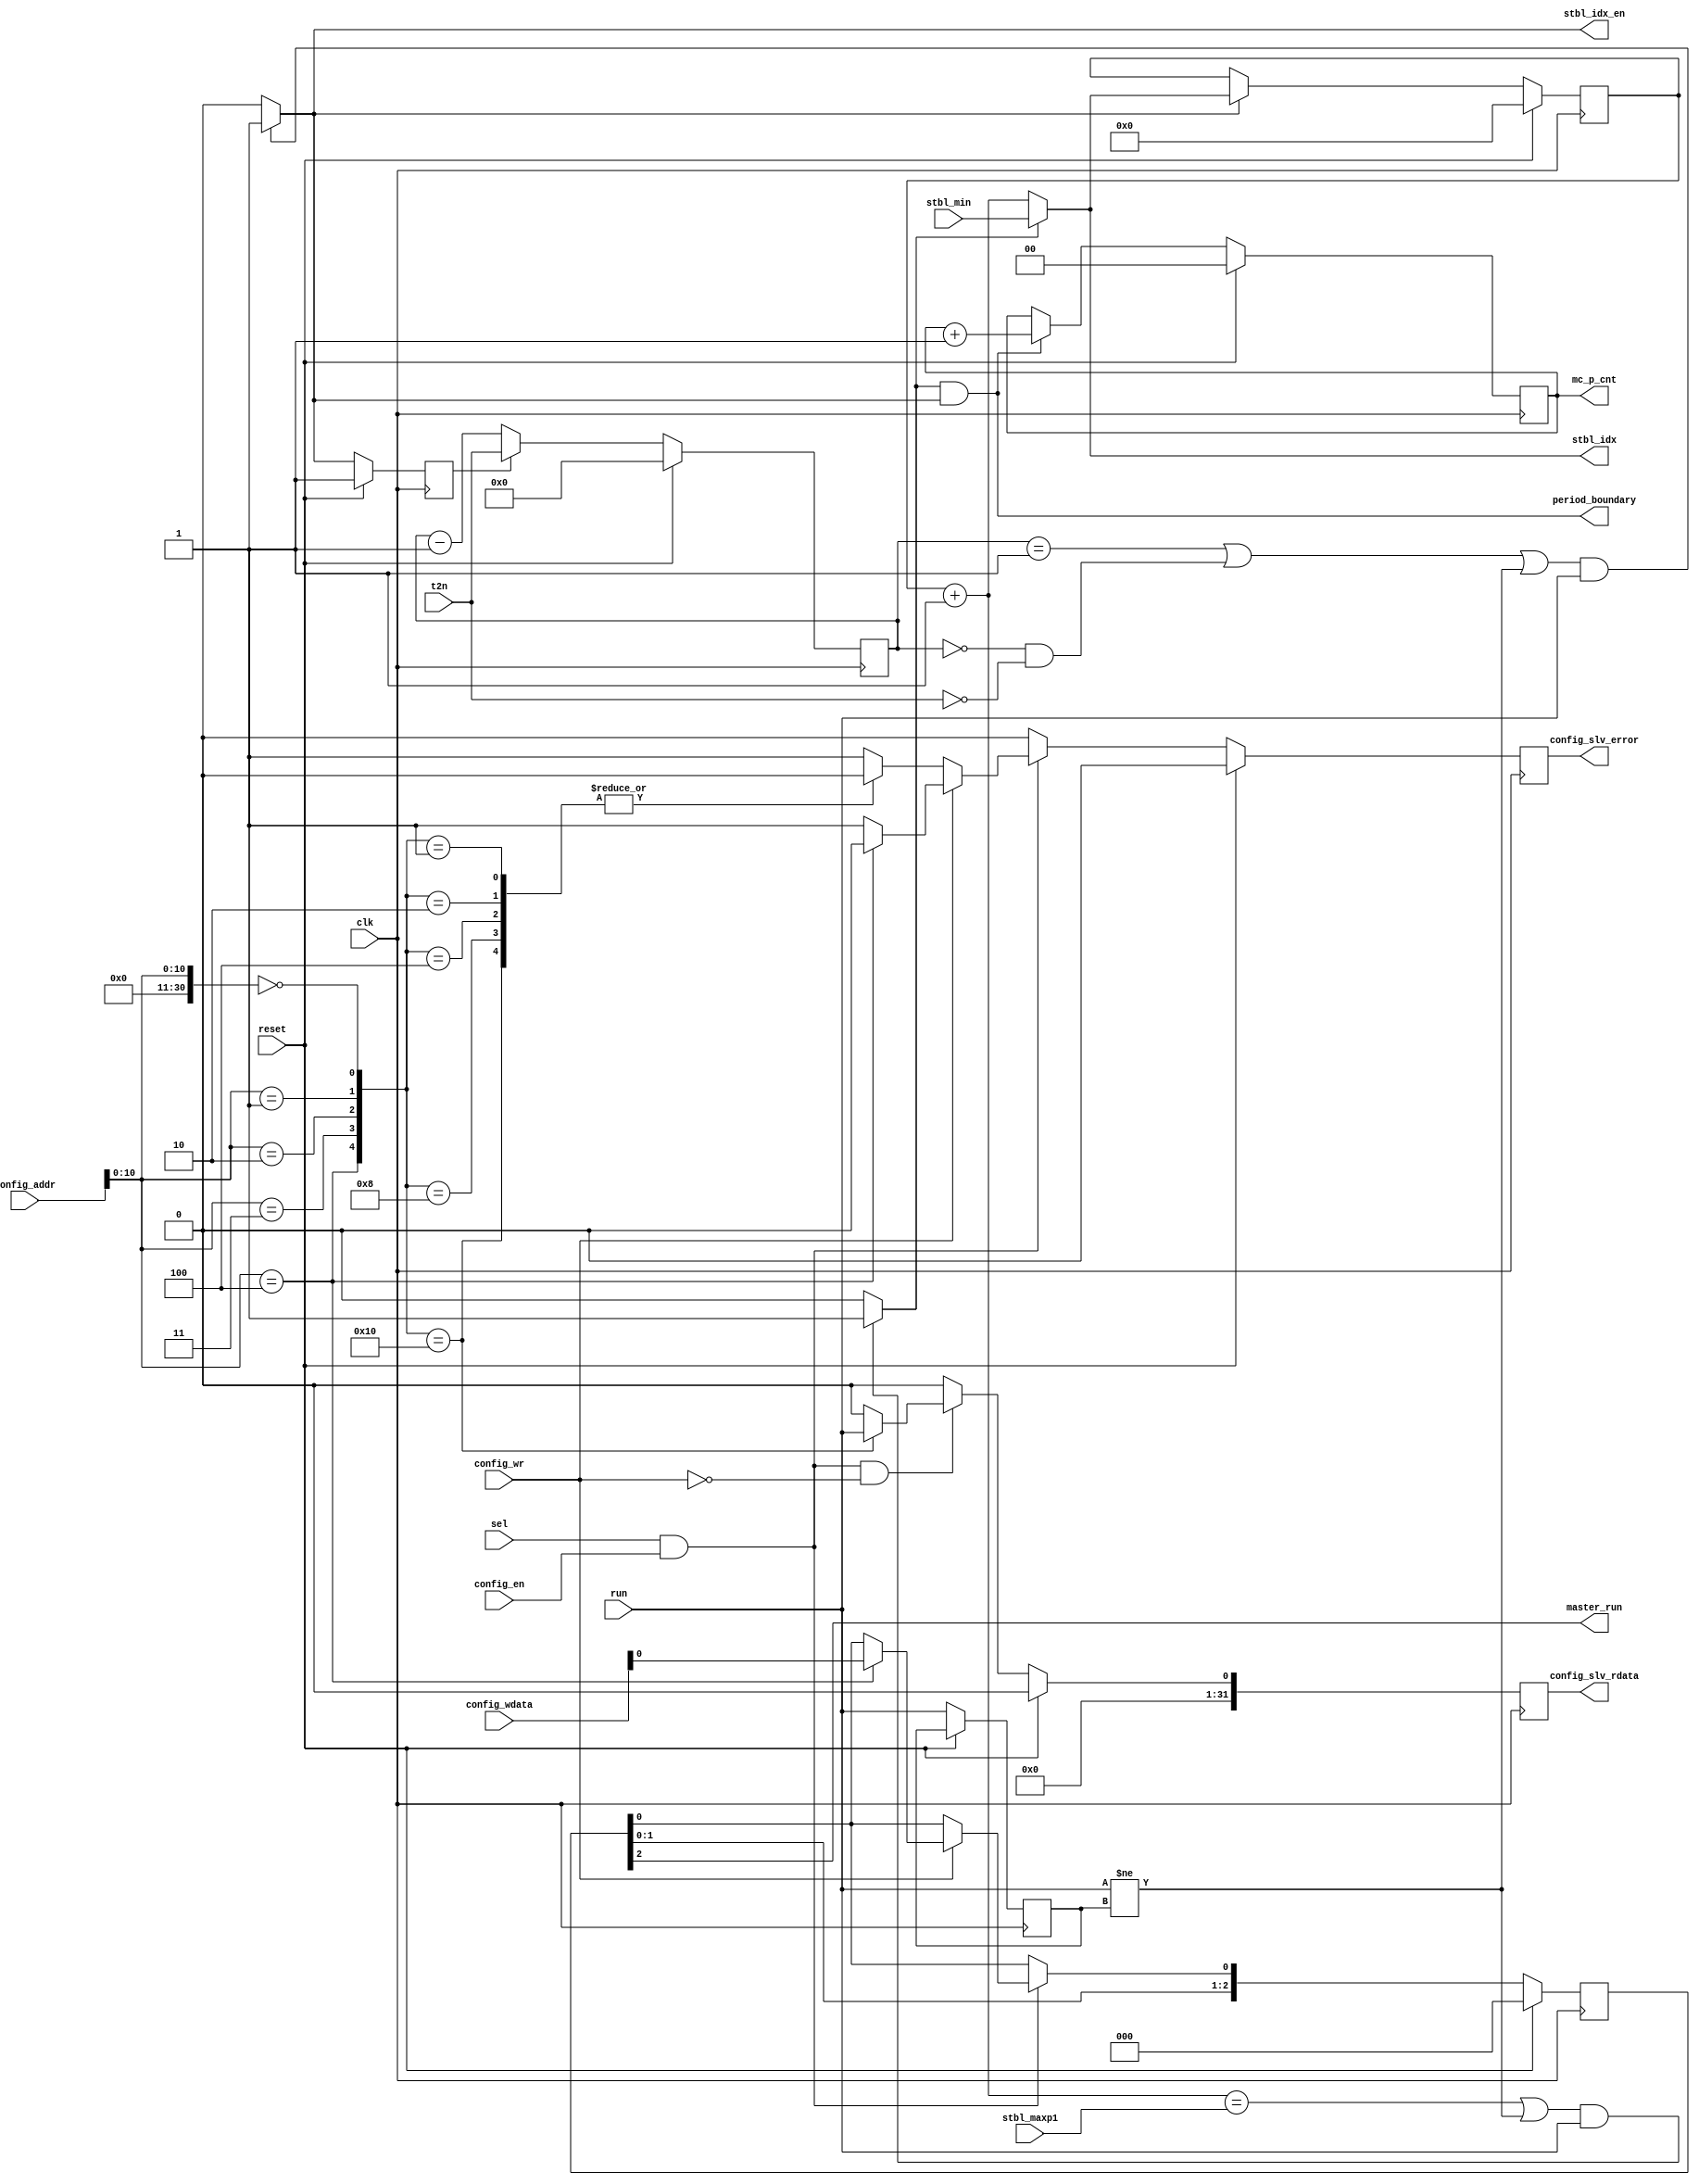
module TDM_controller
  (input  clk,
   input  reset,
   input  run,
   input  [13:0] config_addr,
   input  config_en,
   input  config_wr,
   input  [31:0] config_wdata,
   input  sel,
   input  [3:0] t2n,
   input  [7:0] stbl_min,
   input  [7:0] stbl_maxp1,
   output master_run,
   output [31:0] config_slv_rdata,
   output config_slv_error,
   output [7:0] stbl_idx,
   output stbl_idx_en,
   output period_boundary,
   output [1:0] mc_p_cnt);
  wire [47:0] n1_o;
  wire [31:0] n3_o;
  wire n4_o;
  wire [9:0] tdm_s_cnt_reg;
  wire [31:0] tdm_p_cnt_reg;
  wire [7:0] stbl_idx_reg;
  wire [7:0] stbl_idx_next;
  wire [3:0] time2next_reg;
  wire [31:0] clock_cnt_lo_reg;
  wire master_run_next;
  wire [1:0] mc_p_cnt_reg;
  wire [31:0] read_reg;
  wire [31:0] read_next;
  wire [31:0] clock_delay_reg;
  wire period_boundary_sig;
  wire stbl_idx_reset;
  wire stbl_idx_en_sig;
  wire t2n_ld_reg;
  wire [7:0] stbl_idx_inc;
  wire config_slv_error_next;
  wire [2:0] master_run_reg;
  wire run_reg;
  wire n9_o;
  wire [1:0] n13_o;
  wire [2:0] n14_o;
  wire [2:0] n16_o;
  reg [2:0] n19_q;
  wire n23_o;
  wire n24_o;
  wire n25_o;
  wire n26_o;
  wire n27_o;
  wire [10:0] n28_o;
  wire [30:0] n29_o;
  wire n31_o;
  wire n33_o;
  wire n35_o;
  wire n37_o;
  localparam [31:0] n38_o = 32'b00000000000000000000000000000000;
  wire [30:0] n39_o;
  wire n41_o;
  wire [4:0] n42_o;
  wire n43_o;
  wire n44_o;
  wire n45_o;
  wire n46_o;
  wire n47_o;
  reg n48_o;
  wire [8:0] n49_o;
  wire [8:0] n50_o;
  wire [8:0] n51_o;
  wire [8:0] n52_o;
  wire [8:0] n53_o;
  wire [8:0] n54_o;
  reg [8:0] n55_o;
  wire [21:0] n56_o;
  wire [21:0] n57_o;
  wire [21:0] n58_o;
  wire [21:0] n59_o;
  wire [21:0] n60_o;
  reg [21:0] n61_o;
  reg n67_o;
  wire [10:0] n68_o;
  wire [30:0] n69_o;
  wire n70_o;
  wire n72_o;
  reg n73_o;
  reg n76_o;
  wire n77_o;
  wire [31:0] n78_o;
  wire [31:0] n79_o;
  wire n82_o;
  wire n83_o;
  wire n84_o;
  wire n89_o;
  wire [7:0] n93_o;
  wire n96_o;
  wire n98_o;
  wire [4:0] n99_o;
  wire n101_o;
  wire n102_o;
  wire n104_o;
  wire n105_o;
  wire n106_o;
  wire n107_o;
  wire n108_o;
  wire n109_o;
  wire n110_o;
  wire n113_o;
  wire n114_o;
  wire n115_o;
  wire n116_o;
  wire n117_o;
  wire n119_o;
  wire n120_o;
  wire [7:0] n121_o;
  wire n125_o;
  wire [31:0] n127_o;
  wire n129_o;
  wire n130_o;
  reg n137_q;
  reg [31:0] n138_q;
  reg n139_q;
  reg n140_q;
  wire [1:0] n149_o;
  wire [1:0] n150_o;
  wire [1:0] n152_o;
  reg [1:0] n155_q;
  wire [3:0] n159_o;
  wire [3:0] n160_o;
  wire [3:0] n162_o;
  reg [3:0] n165_q;
  wire [7:0] n168_o;
  wire [7:0] n170_o;
  reg [7:0] n173_q;
  wire [32:0] n174_o;
  assign master_run = n9_o;
  assign config_slv_rdata = n3_o;
  assign config_slv_error = n4_o;
  assign stbl_idx = stbl_idx_next;
  assign stbl_idx_en = stbl_idx_en_sig;
  assign period_boundary = period_boundary_sig;
  assign mc_p_cnt = mc_p_cnt_reg;
  assign n1_o = {config_wdata, config_wr, config_en, config_addr};
  assign n3_o = n174_o[31:0];
  assign n4_o = n174_o[32];
  /* ni/TDM_controller.vhd:84:10  */
  assign tdm_s_cnt_reg = 10'b0000000000; // (signal)
  /* ni/TDM_controller.vhd:85:10  */
  assign tdm_p_cnt_reg = 32'b00000000000000000000000000000000; // (signal)
  /* ni/TDM_controller.vhd:87:10  */
  assign stbl_idx_reg = n173_q; // (signal)
  /* ni/TDM_controller.vhd:88:10  */
  assign stbl_idx_next = n121_o; // (signal)
  /* ni/TDM_controller.vhd:89:10  */
  assign time2next_reg = n165_q; // (signal)
  /* ni/TDM_controller.vhd:165:42  */
  assign clock_cnt_lo_reg = 32'b00000000000000000000000000000000; // (signal)
  /* ni/TDM_controller.vhd:93:10  */
  assign master_run_next = n83_o; // (signal)
  /* ni/TDM_controller.vhd:95:10  */
  assign mc_p_cnt_reg = n155_q; // (signal)
  /* ni/TDM_controller.vhd:105:10  */
  assign read_reg = n138_q; // (signal)
  /* ni/TDM_controller.vhd:105:20  */
  assign read_next = n79_o; // (signal)
  /* ni/TDM_controller.vhd:106:10  */
  assign clock_delay_reg = 32'b00000000000000000000000000000000; // (signal)
  /* ni/TDM_controller.vhd:108:10  */
  assign period_boundary_sig = n119_o; // (signal)
  /* ni/TDM_controller.vhd:109:10  */
  assign stbl_idx_reset = n117_o; // (signal)
  /* ni/TDM_controller.vhd:109:26  */
  assign stbl_idx_en_sig = n110_o; // (signal)
  /* ni/TDM_controller.vhd:109:43  */
  assign t2n_ld_reg = n139_q; // (signal)
  /* ni/TDM_controller.vhd:110:10  */
  assign stbl_idx_inc = n93_o; // (signal)
  /* ni/TDM_controller.vhd:112:10  */
  assign config_slv_error_next = n89_o; // (signal)
  /* ni/TDM_controller.vhd:115:10  */
  assign master_run_reg = n19_q; // (signal)
  /* ni/TDM_controller.vhd:117:10  */
  assign run_reg = n140_q; // (signal)
  /* ni/TDM_controller.vhd:124:33  */
  assign n9_o = master_run_reg[2];
  /* ni/TDM_controller.vhd:131:43  */
  assign n13_o = master_run_reg[1:0];
  /* ni/TDM_controller.vhd:131:76  */
  assign n14_o = {n13_o, master_run_next};
  /* ni/TDM_controller.vhd:128:9  */
  assign n16_o = reset ? 3'b000 : n14_o;
  /* ni/TDM_controller.vhd:127:7  */
  always @(posedge clk)
    n19_q <= n16_o;
  /* ni/TDM_controller.vhd:153:41  */
  assign n23_o = master_run_reg[0];
  /* ni/TDM_controller.vhd:154:30  */
  assign n24_o = n1_o[14];
  /* ni/TDM_controller.vhd:154:19  */
  assign n25_o = sel & n24_o;
  /* ni/TDM_controller.vhd:156:17  */
  assign n26_o = n1_o[15];
  /* ni/TDM_controller.vhd:156:20  */
  assign n27_o = ~n26_o;
  /* ni/TDM_controller.vhd:157:37  */
  assign n28_o = n1_o[10:0];
  /* ni/TDM_controller.vhd:157:15  */
  assign n29_o = {20'b0, n28_o};  //  uext
  /* ni/TDM_controller.vhd:158:11  */
  assign n31_o = n29_o == 31'b0000000000000000000000000000000;
  /* ni/TDM_controller.vhd:160:11  */
  assign n33_o = n29_o == 31'b0000000000000000000000000000001;
  /* ni/TDM_controller.vhd:162:11  */
  assign n35_o = n29_o == 31'b0000000000000000000000000000010;
  /* ni/TDM_controller.vhd:164:11  */
  assign n37_o = n29_o == 31'b0000000000000000000000000000011;
  assign n39_o = n38_o[31:1];
  /* ni/TDM_controller.vhd:167:11  */
  assign n41_o = n29_o == 31'b0000000000000000000000000000100;
  assign n42_o = {n41_o, n37_o, n35_o, n33_o, n31_o};
  assign n43_o = tdm_s_cnt_reg[0];
  assign n44_o = tdm_p_cnt_reg[0];
  assign n45_o = clock_delay_reg[0];
  assign n46_o = clock_cnt_lo_reg[0];
  assign n47_o = tdm_p_cnt_reg[0];
  /* ni/TDM_controller.vhd:157:9  */
  always @*
    case (n42_o)
      5'b10000: n48_o <= run;
      5'b01000: n48_o <= n46_o;
      5'b00100: n48_o <= n45_o;
      5'b00010: n48_o <= n44_o;
      5'b00001: n48_o <= n43_o;
      default: n48_o <= n47_o;
    endcase
  assign n49_o = tdm_s_cnt_reg[9:1];
  assign n50_o = tdm_p_cnt_reg[9:1];
  assign n51_o = clock_delay_reg[9:1];
  assign n52_o = clock_cnt_lo_reg[9:1];
  assign n53_o = n39_o[8:0];
  assign n54_o = tdm_p_cnt_reg[9:1];
  /* ni/TDM_controller.vhd:157:9  */
  always @*
    case (n42_o)
      5'b10000: n55_o <= n53_o;
      5'b01000: n55_o <= n52_o;
      5'b00100: n55_o <= n51_o;
      5'b00010: n55_o <= n50_o;
      5'b00001: n55_o <= n49_o;
      default: n55_o <= n54_o;
    endcase
  assign n56_o = tdm_p_cnt_reg[31:10];
  assign n57_o = clock_delay_reg[31:10];
  assign n58_o = clock_cnt_lo_reg[31:10];
  assign n59_o = n39_o[30:9];
  assign n60_o = tdm_p_cnt_reg[31:10];
  /* ni/TDM_controller.vhd:157:9  */
  always @*
    case (n42_o)
      5'b10000: n61_o <= n59_o;
      5'b01000: n61_o <= n58_o;
      5'b00100: n61_o <= n57_o;
      5'b00010: n61_o <= n56_o;
      5'b00001: n61_o <= n60_o;
      default: n61_o <= n60_o;
    endcase
  /* ni/TDM_controller.vhd:157:9  */
  always @*
    case (n42_o)
      5'b10000: n67_o <= 1'b0;
      5'b01000: n67_o <= 1'b0;
      5'b00100: n67_o <= 1'b0;
      5'b00010: n67_o <= 1'b0;
      5'b00001: n67_o <= 1'b0;
      default: n67_o <= 1'b1;
    endcase
  /* ni/TDM_controller.vhd:174:37  */
  assign n68_o = n1_o[10:0];
  /* ni/TDM_controller.vhd:174:15  */
  assign n69_o = {20'b0, n68_o};  //  uext
  /* ni/TDM_controller.vhd:177:63  */
  assign n70_o = n1_o[16];
  /* ni/TDM_controller.vhd:175:11  */
  assign n72_o = n69_o == 31'b0000000000000000000000000000100;
  /* ni/TDM_controller.vhd:174:9  */
  always @*
    case (n72_o)
      1'b1: n73_o <= n70_o;
      default: n73_o <= n23_o;
    endcase
  /* ni/TDM_controller.vhd:174:9  */
  always @*
    case (n72_o)
      1'b1: n76_o <= 1'b0;
      default: n76_o <= 1'b1;
    endcase
  /* ni/TDM_controller.vhd:156:7  */
  assign n77_o = n27_o ? n23_o : n73_o;
  assign n78_o = {n61_o, n55_o, n48_o};
  /* ni/TDM_controller.vhd:154:5  */
  assign n79_o = n84_o ? n78_o : tdm_p_cnt_reg;
  /* ni/TDM_controller.vhd:156:7  */
  assign n82_o = n27_o ? n67_o : n76_o;
  /* ni/TDM_controller.vhd:154:5  */
  assign n83_o = n25_o ? n77_o : n23_o;
  /* ni/TDM_controller.vhd:154:5  */
  assign n84_o = n25_o & n27_o;
  /* ni/TDM_controller.vhd:154:5  */
  assign n89_o = n25_o ? n82_o : 1'b0;
  /* ni/TDM_controller.vhd:194:32  */
  assign n93_o = stbl_idx_reg + 8'b00000001;
  /* ni/TDM_controller.vhd:198:49  */
  assign n96_o = time2next_reg == 4'b0001;
  /* ni/TDM_controller.vhd:198:74  */
  assign n98_o = time2next_reg == 4'b0000;
  /* ni/TDM_controller.vhd:198:97  */
  assign n99_o = {1'b0, time2next_reg};  //  uext
  /* ni/TDM_controller.vhd:198:97  */
  assign n101_o = n99_o == 5'b11111;
  /* ni/TDM_controller.vhd:198:79  */
  assign n102_o = n98_o | n101_o;
  /* ni/TDM_controller.vhd:198:118  */
  assign n104_o = t2n == 4'b0000;
  /* ni/TDM_controller.vhd:198:109  */
  assign n105_o = n102_o & n104_o;
  /* ni/TDM_controller.vhd:198:54  */
  assign n106_o = n96_o | n105_o;
  /* ni/TDM_controller.vhd:198:134  */
  assign n107_o = run != run_reg;
  /* ni/TDM_controller.vhd:198:125  */
  assign n108_o = n106_o | n107_o;
  /* ni/TDM_controller.vhd:198:147  */
  assign n109_o = n108_o & run;
  /* ni/TDM_controller.vhd:198:26  */
  assign n110_o = n109_o ? 1'b1 : 1'b0;
  /* ni/TDM_controller.vhd:201:46  */
  assign n113_o = stbl_idx_inc == stbl_maxp1;
  /* ni/TDM_controller.vhd:201:69  */
  assign n114_o = run != run_reg;
  /* ni/TDM_controller.vhd:201:60  */
  assign n115_o = n113_o | n114_o;
  /* ni/TDM_controller.vhd:201:82  */
  assign n116_o = n115_o & run;
  /* ni/TDM_controller.vhd:201:25  */
  assign n117_o = n116_o ? 1'b1 : 1'b0;
  /* ni/TDM_controller.vhd:205:41  */
  assign n119_o = stbl_idx_reset & stbl_idx_en_sig;
  /* ni/TDM_controller.vhd:208:53  */
  assign n120_o = ~stbl_idx_reset;
  /* ni/TDM_controller.vhd:208:33  */
  assign n121_o = n120_o ? stbl_idx_inc : stbl_min;
  /* ni/TDM_controller.vhd:220:7  */
  assign n125_o = reset ? 1'b0 : config_slv_error_next;
  /* ni/TDM_controller.vhd:220:7  */
  assign n127_o = reset ? 32'b00000000000000000000000000000000 : read_next;
  /* ni/TDM_controller.vhd:220:7  */
  assign n129_o = reset ? 1'b1 : stbl_idx_en_sig;
  /* ni/TDM_controller.vhd:220:7  */
  assign n130_o = reset ? run_reg : run;
  /* ni/TDM_controller.vhd:219:5  */
  always @(posedge clk)
    n137_q <= n125_o;
  /* ni/TDM_controller.vhd:219:5  */
  always @(posedge clk)
    n138_q <= n127_o;
  /* ni/TDM_controller.vhd:219:5  */
  always @(posedge clk)
    n139_q <= n129_o;
  /* ni/TDM_controller.vhd:219:5  */
  always @(posedge clk)
    n140_q <= n130_o;
  /* ni/TDM_controller.vhd:336:40  */
  assign n149_o = mc_p_cnt_reg + 2'b01;
  /* ni/TDM_controller.vhd:335:9  */
  assign n150_o = period_boundary_sig ? n149_o : mc_p_cnt_reg;
  /* ni/TDM_controller.vhd:332:7  */
  assign n152_o = reset ? 2'b00 : n150_o;
  /* ni/TDM_controller.vhd:331:5  */
  always @(posedge clk)
    n155_q <= n152_o;
  /* ni/TDM_controller.vhd:354:42  */
  assign n159_o = time2next_reg - 4'b0001;
  /* ni/TDM_controller.vhd:351:9  */
  assign n160_o = t2n_ld_reg ? t2n : n159_o;
  /* ni/TDM_controller.vhd:348:7  */
  assign n162_o = reset ? 4'b0000 : n160_o;
  /* ni/TDM_controller.vhd:347:5  */
  always @(posedge clk)
    n165_q <= n162_o;
  /* ni/TDM_controller.vhd:369:9  */
  assign n168_o = stbl_idx_en_sig ? stbl_idx_next : stbl_idx_reg;
  /* ni/TDM_controller.vhd:365:7  */
  assign n170_o = reset ? 8'b00000000 : n168_o;
  /* ni/TDM_controller.vhd:364:5  */
  always @(posedge clk)
    n173_q <= n170_o;
  /* ni/TDM_controller.vhd:364:5  */
  assign n174_o = {n137_q, read_reg};
endmodule